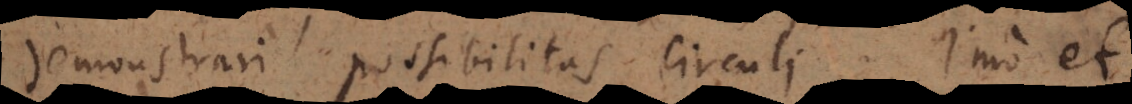
demonstrari possibilitas circuli. Imo et